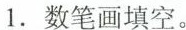
1.数笔画填空。